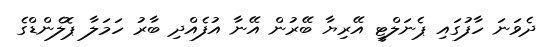
ދެވަނަ ހާފުގައި ޕެނަލްޓީ އޭރިޔާ ބޭރުން އޭނާ އުފެއްދި ބާރު ހަމަލާ ޕޮލެންޑްގެ